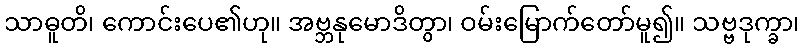
သာဓူတိ၊ ကောင်းပေ၏ဟု။ အဗ္ဘနုမောဒိတွာ၊ ဝမ်းမြောက်တော်မူ၍။ သဗ္ဗဒုက္ခာ၊